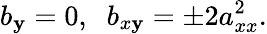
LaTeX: b_{\mathbf{y}}=0,\; \; b_{x\mathbf{y}}=\pm2a_{xx}^{2}.